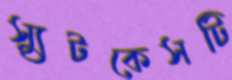
স্যুটকেসটি